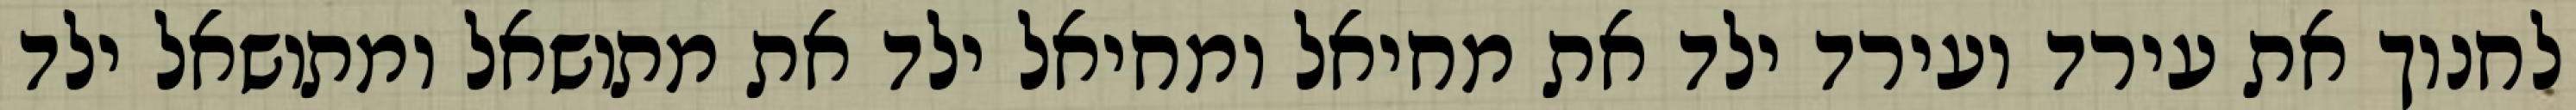
לחנוך את עירד ועירד ילד את מחיאל ומחיאל ילד את מתושאל ומתושאל ילד